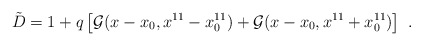
\begin{align*}{\tilde D}= 1 +q \left[ {\cal G}(x-x_0, x^{11}-x^{11}_0)+{\cal G}(x-x_0,x^{11}+x^{11}_0) \right] \ . \end{align*}